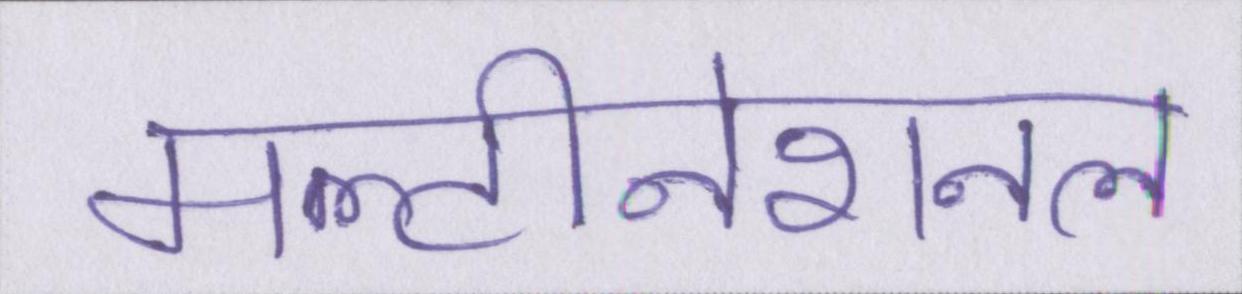
मल्टीनेशनल